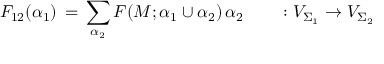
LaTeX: F _ { 1 2 } ( \alpha _ { 1 } ) \, = \, \sum _ { \alpha _ { 2 } } F ( M ; \alpha _ { 1 } \cup \alpha _ { 2 } ) \, \alpha _ { 2 } \qquad : V _ { \Sigma _ { 1 } } \rightarrow V _ { \Sigma _ { 2 } }